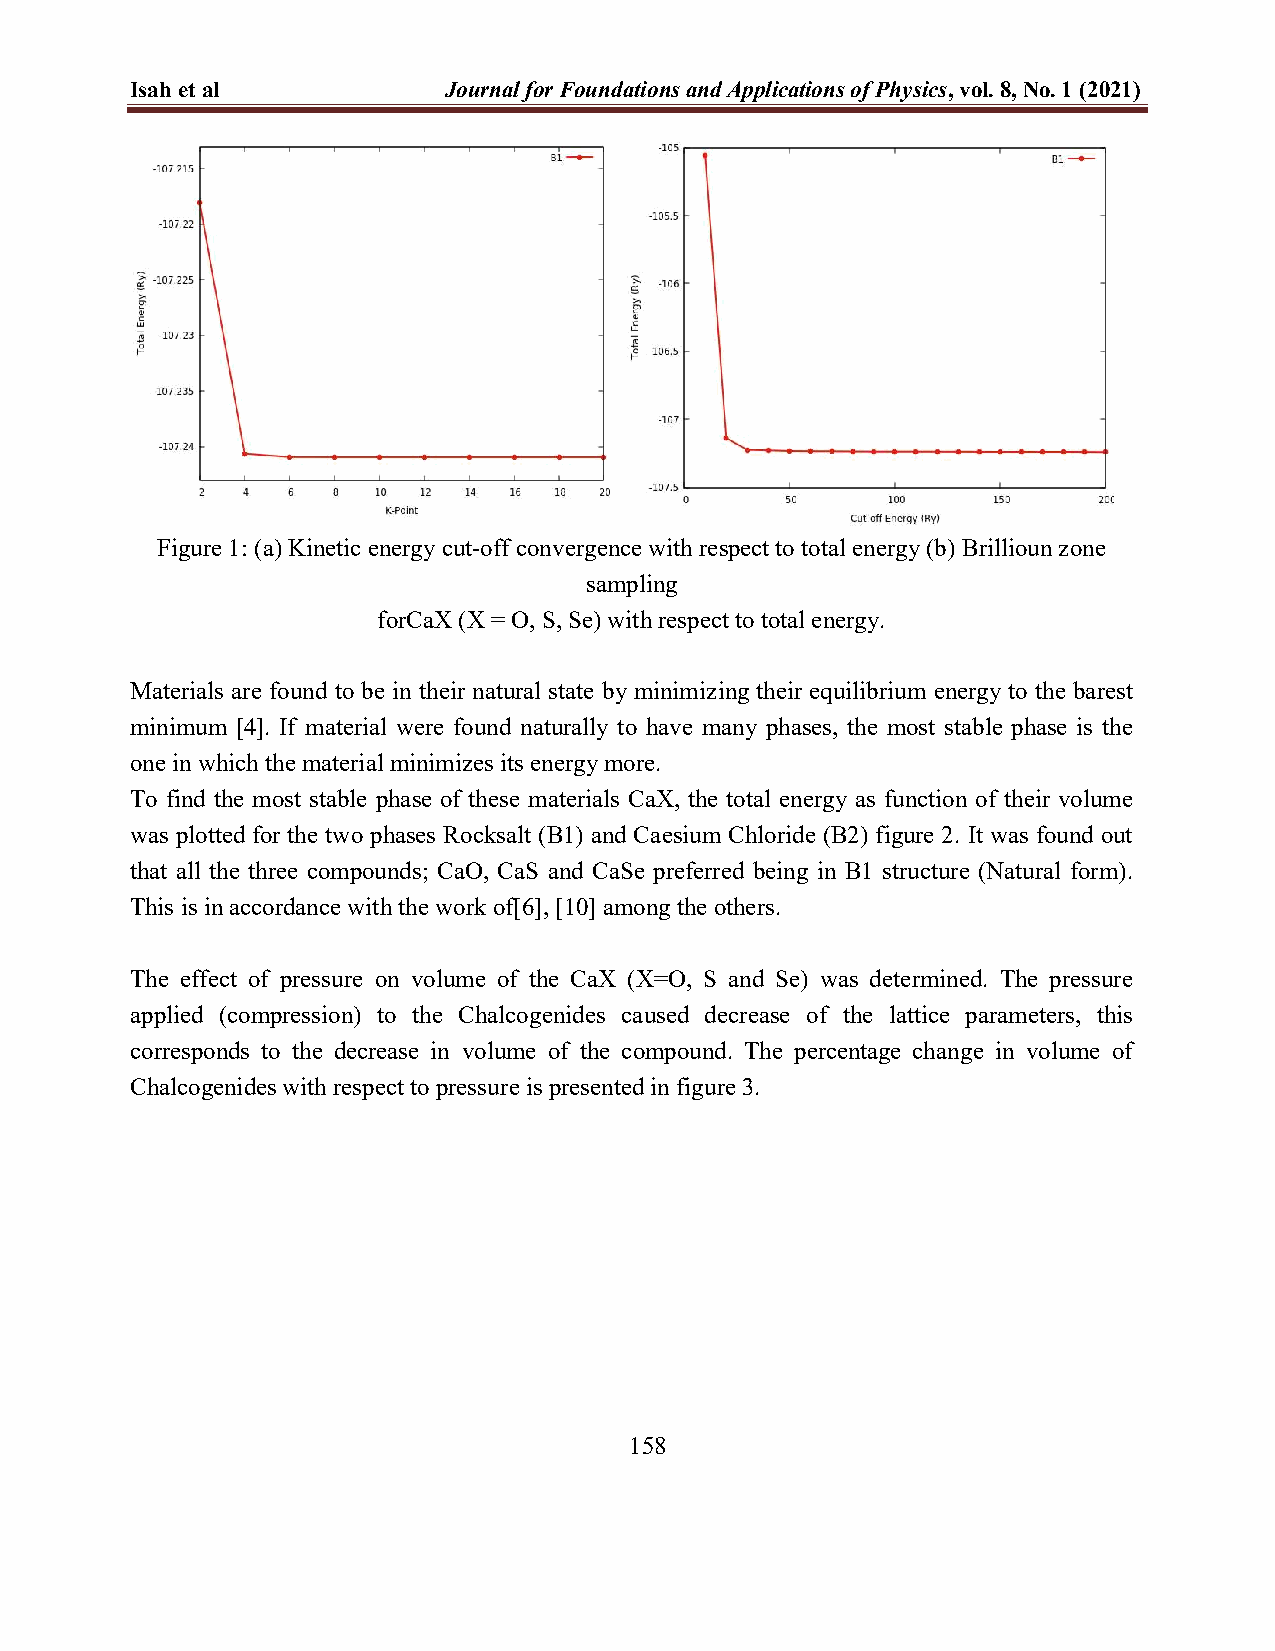
Isah et al          Journal for Foundations and Applications of Physics, vol. 8, No. 1 (2021)
 Figure 1: (a) Kinetic energy cut-off convergence with respect to total energy (b) Brillioun zone
 sampling
 forCaX (X = O, S, Se) with respect to total energy.
 Materials are found to be in their natural state by minimizing their equilibrium energy to the barest
 minimum [4]. If material were found naturally to have many phases, the most stable phase is the
 one in which the material minimizes its energy more.
 To find the most stable phase of these materials CaX, the total energy as function of their volume
 was plotted for the two phases Rocksalt (B1) and Caesium Chloride (B2) figure 2. It was found out
 that all the three compounds; CaO, CaS and CaSe preferred being in B1 structure (Natural form).
 This is in accordance with the work of[6], [10] among the others.
 The effect of pressure on volume of the CaX (X=O, S and Se) was determined. The pressure
 applied (compression) to the Chalcogenides caused decrease of the lattice parameters, this
 corresponds to the decrease in volume of the compound. The percentage change in volume of
 Chalcogenides with respect to pressure is presented in figure 3.
 158